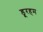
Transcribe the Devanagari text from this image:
डूरहम